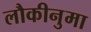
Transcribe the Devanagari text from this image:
लौकीनुमा